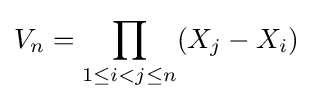
V_{n}=\prod _{1\leq i<j\leq n}(X_{j}-X_{i})